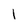
Character: I